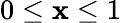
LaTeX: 0\le\mathbf{x}\le1